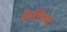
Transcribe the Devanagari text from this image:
शेतीच्‍या